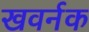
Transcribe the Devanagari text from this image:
खवर्नक